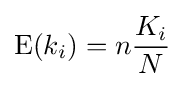
\operatorname {E} (k_{i})=n{\frac {K_{i}}{N}}